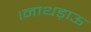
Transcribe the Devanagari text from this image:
।नाथड़ाऊ